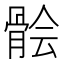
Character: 𩩈